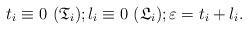
LaTeX: \begin{align*}t_{i} \equiv 0\ (\mathfrak{T}_{i}); l_{i} \equiv 0\ (\mathfrak{L}_{i}); \varepsilon = t_{i} + l_{i}.\end{align*}